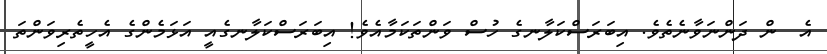
އެ  ން ދަންނަވާނެތެވެ. އިބަރަސްކަލާނގެ ހުސް ވަންތަކަމާއެވެ! އިބަރަސްކަލާނގެއީ އަޅަމެންގެ އެހީތެރިވަންތަ